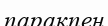
парақпен